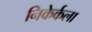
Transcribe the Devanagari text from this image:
निकेर्कला